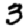
Digit: 3